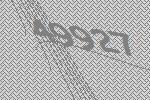
49927